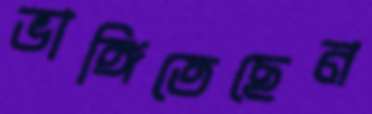
ভাঙ্গিতেছেন